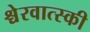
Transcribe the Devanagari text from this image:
श्चेरवात्स्की